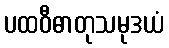
ပထဝီဓာတုသမုဒယံ